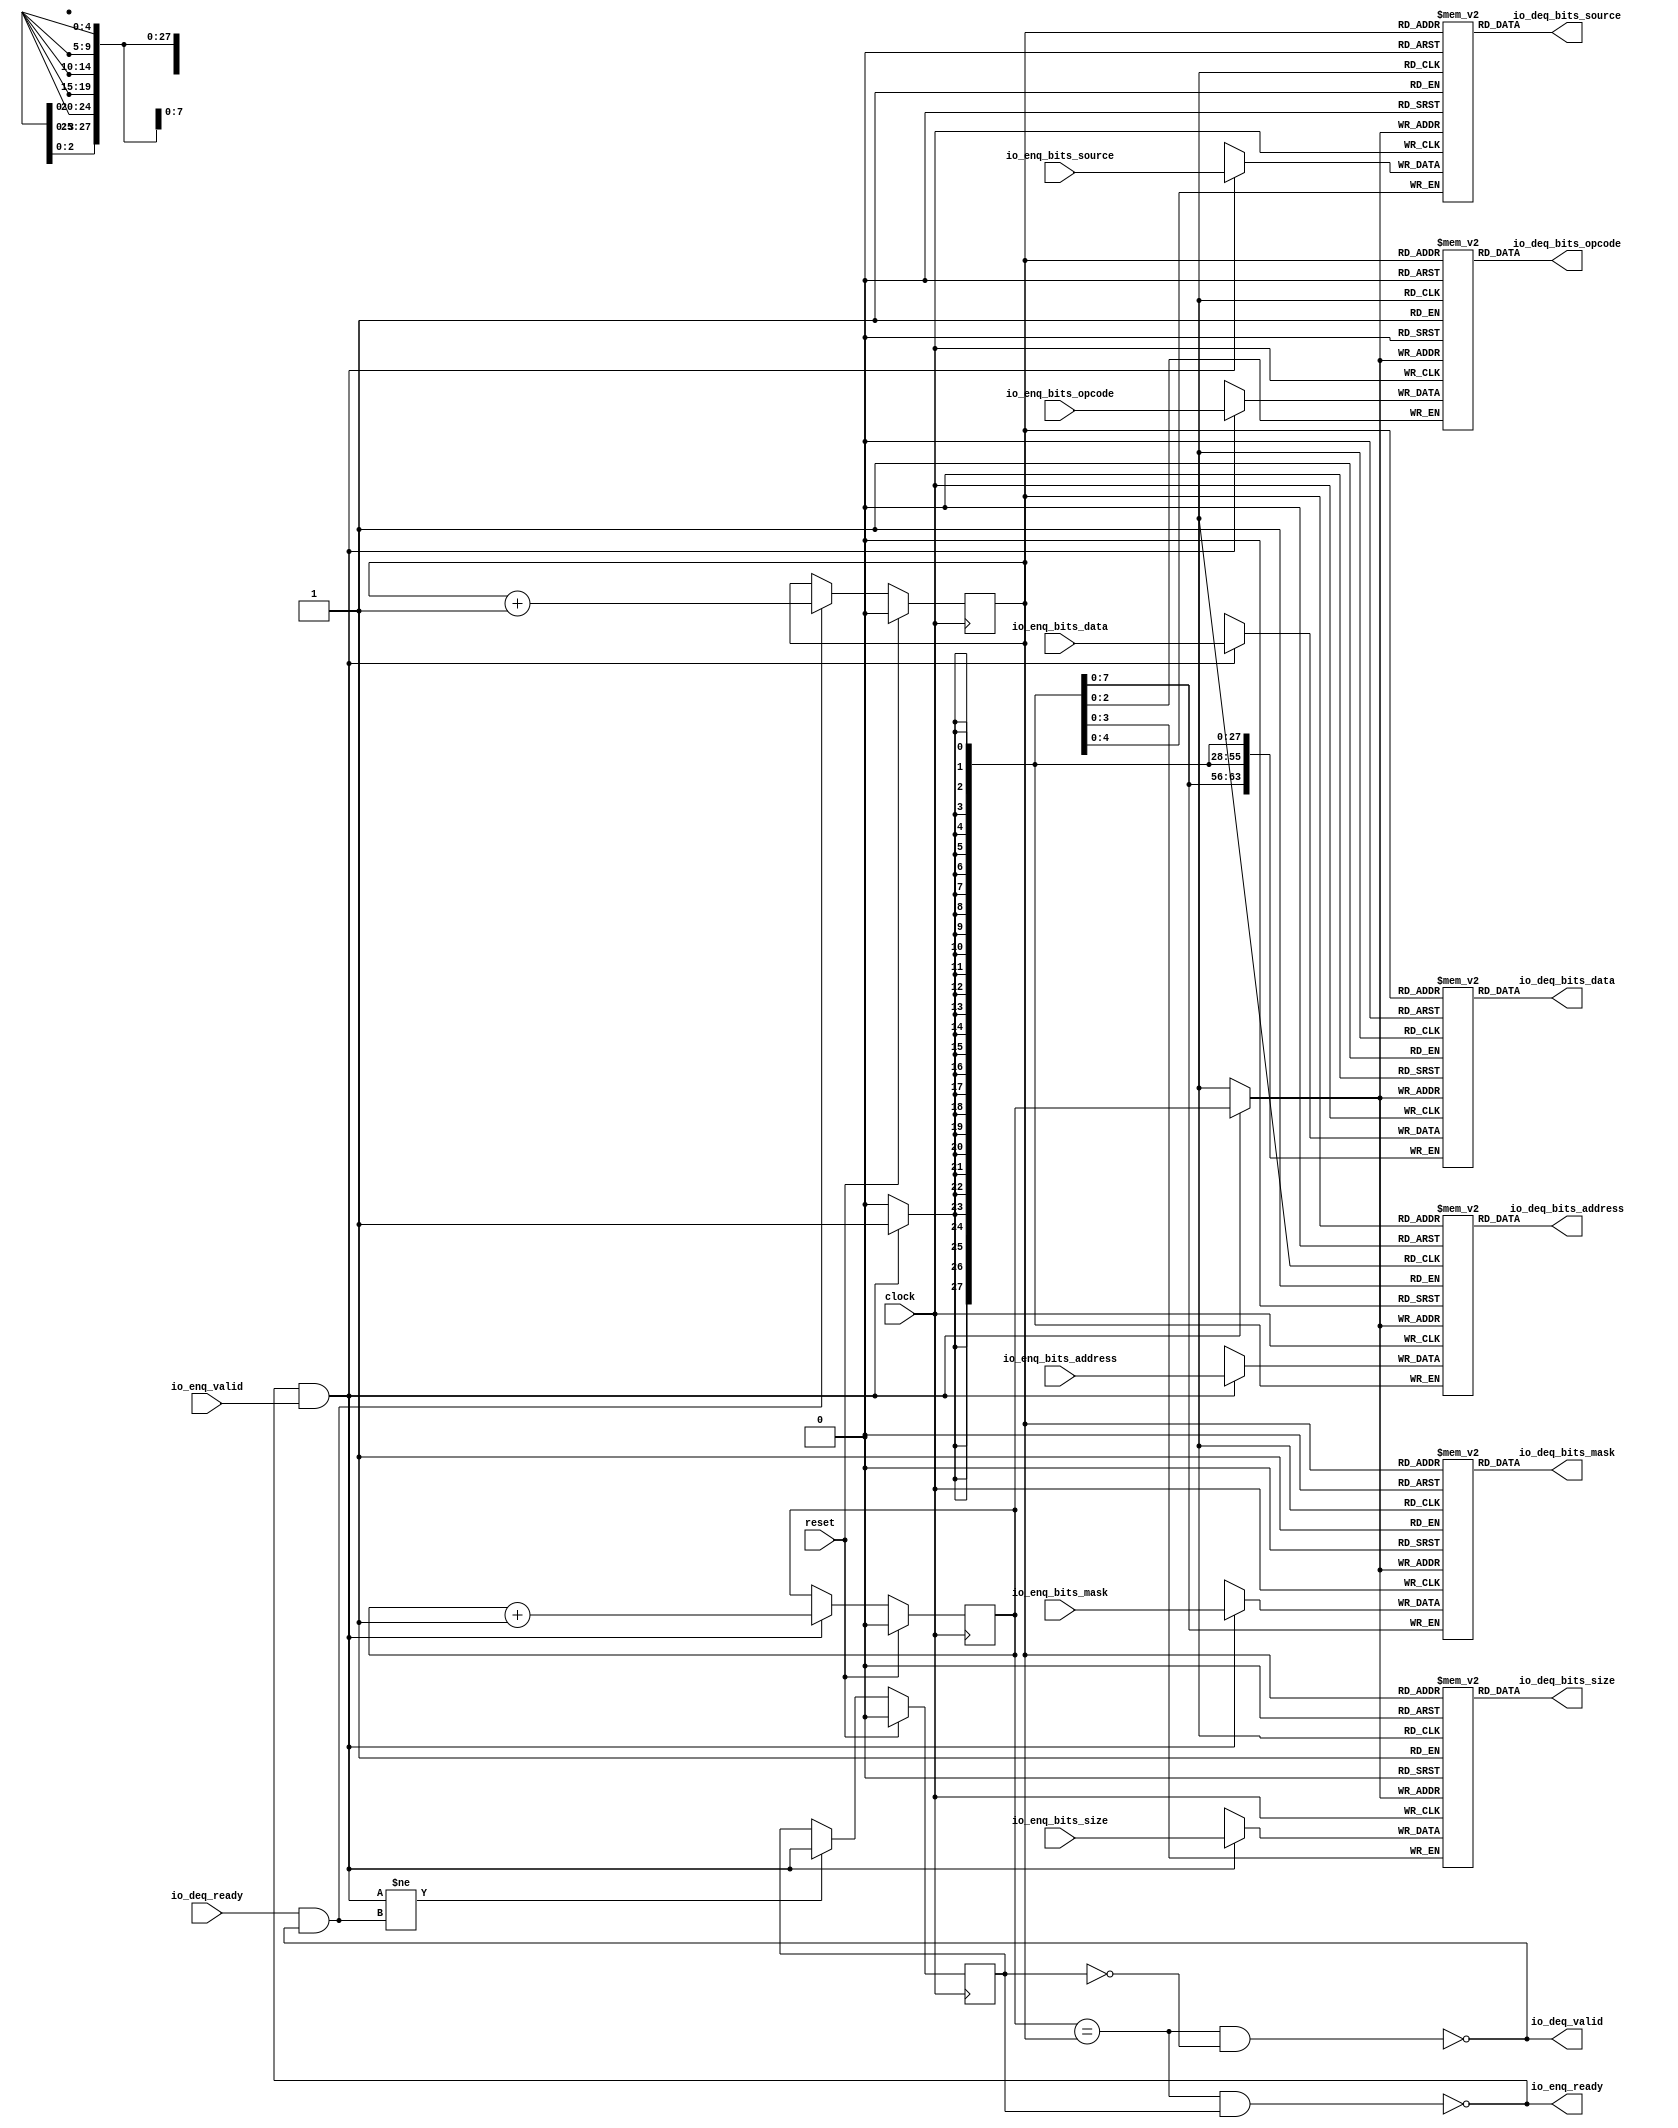
module Queue_21(
  input         clock,
  input         reset,
  output        io_enq_ready,
  input         io_enq_valid,
  input  [2:0]  io_enq_bits_opcode,
  input  [3:0]  io_enq_bits_size,
  input  [4:0]  io_enq_bits_source,
  input  [27:0] io_enq_bits_address,
  input  [7:0]  io_enq_bits_mask,
  input  [63:0] io_enq_bits_data,
  input         io_deq_ready,
  output        io_deq_valid,
  output [2:0]  io_deq_bits_opcode,
  output [3:0]  io_deq_bits_size,
  output [4:0]  io_deq_bits_source,
  output [27:0] io_deq_bits_address,
  output [7:0]  io_deq_bits_mask,
  output [63:0] io_deq_bits_data
);
`ifdef RANDOMIZE_MEM_INIT
  reg [31:0] _RAND_0;
  reg [31:0] _RAND_1;
  reg [31:0] _RAND_2;
  reg [31:0] _RAND_3;
  reg [31:0] _RAND_4;
  reg [63:0] _RAND_5;
`endif // RANDOMIZE_MEM_INIT
`ifdef RANDOMIZE_REG_INIT
  reg [31:0] _RAND_6;
  reg [31:0] _RAND_7;
  reg [31:0] _RAND_8;
`endif // RANDOMIZE_REG_INIT
  reg [2:0] ram_opcode [0:1]; // @[Decoupled.scala 218:16]
  wire [2:0] ram_opcode_io_deq_bits_MPORT_data; // @[Decoupled.scala 218:16]
  wire  ram_opcode_io_deq_bits_MPORT_addr; // @[Decoupled.scala 218:16]
  wire [2:0] ram_opcode_MPORT_data; // @[Decoupled.scala 218:16]
  wire  ram_opcode_MPORT_addr; // @[Decoupled.scala 218:16]
  wire  ram_opcode_MPORT_mask; // @[Decoupled.scala 218:16]
  wire  ram_opcode_MPORT_en; // @[Decoupled.scala 218:16]
  reg [3:0] ram_size [0:1]; // @[Decoupled.scala 218:16]
  wire [3:0] ram_size_io_deq_bits_MPORT_data; // @[Decoupled.scala 218:16]
  wire  ram_size_io_deq_bits_MPORT_addr; // @[Decoupled.scala 218:16]
  wire [3:0] ram_size_MPORT_data; // @[Decoupled.scala 218:16]
  wire  ram_size_MPORT_addr; // @[Decoupled.scala 218:16]
  wire  ram_size_MPORT_mask; // @[Decoupled.scala 218:16]
  wire  ram_size_MPORT_en; // @[Decoupled.scala 218:16]
  reg [4:0] ram_source [0:1]; // @[Decoupled.scala 218:16]
  wire [4:0] ram_source_io_deq_bits_MPORT_data; // @[Decoupled.scala 218:16]
  wire  ram_source_io_deq_bits_MPORT_addr; // @[Decoupled.scala 218:16]
  wire [4:0] ram_source_MPORT_data; // @[Decoupled.scala 218:16]
  wire  ram_source_MPORT_addr; // @[Decoupled.scala 218:16]
  wire  ram_source_MPORT_mask; // @[Decoupled.scala 218:16]
  wire  ram_source_MPORT_en; // @[Decoupled.scala 218:16]
  reg [27:0] ram_address [0:1]; // @[Decoupled.scala 218:16]
  wire [27:0] ram_address_io_deq_bits_MPORT_data; // @[Decoupled.scala 218:16]
  wire  ram_address_io_deq_bits_MPORT_addr; // @[Decoupled.scala 218:16]
  wire [27:0] ram_address_MPORT_data; // @[Decoupled.scala 218:16]
  wire  ram_address_MPORT_addr; // @[Decoupled.scala 218:16]
  wire  ram_address_MPORT_mask; // @[Decoupled.scala 218:16]
  wire  ram_address_MPORT_en; // @[Decoupled.scala 218:16]
  reg [7:0] ram_mask [0:1]; // @[Decoupled.scala 218:16]
  wire [7:0] ram_mask_io_deq_bits_MPORT_data; // @[Decoupled.scala 218:16]
  wire  ram_mask_io_deq_bits_MPORT_addr; // @[Decoupled.scala 218:16]
  wire [7:0] ram_mask_MPORT_data; // @[Decoupled.scala 218:16]
  wire  ram_mask_MPORT_addr; // @[Decoupled.scala 218:16]
  wire  ram_mask_MPORT_mask; // @[Decoupled.scala 218:16]
  wire  ram_mask_MPORT_en; // @[Decoupled.scala 218:16]
  reg [63:0] ram_data [0:1]; // @[Decoupled.scala 218:16]
  wire [63:0] ram_data_io_deq_bits_MPORT_data; // @[Decoupled.scala 218:16]
  wire  ram_data_io_deq_bits_MPORT_addr; // @[Decoupled.scala 218:16]
  wire [63:0] ram_data_MPORT_data; // @[Decoupled.scala 218:16]
  wire  ram_data_MPORT_addr; // @[Decoupled.scala 218:16]
  wire  ram_data_MPORT_mask; // @[Decoupled.scala 218:16]
  wire  ram_data_MPORT_en; // @[Decoupled.scala 218:16]
  reg  value; // @[Counter.scala 60:40]
  reg  value_1; // @[Counter.scala 60:40]
  reg  maybe_full; // @[Decoupled.scala 221:27]
  wire  ptr_match = value == value_1; // @[Decoupled.scala 223:33]
  wire  empty = ptr_match & (~maybe_full); // @[Decoupled.scala 224:25]
  wire  full = ptr_match & maybe_full; // @[Decoupled.scala 225:24]
  wire  do_enq = io_enq_ready & io_enq_valid; // @[Decoupled.scala 40:37]
  wire  do_deq = io_deq_ready & io_deq_valid; // @[Decoupled.scala 40:37]
  wire  _value_T_1 = value + 1'h1; // @[Counter.scala 76:24]
  wire  _value_1_T_1 = value_1 + 1'h1; // @[Counter.scala 76:24]
  wire  _T = do_enq != do_deq; // @[Decoupled.scala 236:16]
  assign ram_opcode_io_deq_bits_MPORT_addr = value_1;
  assign ram_opcode_io_deq_bits_MPORT_data = ram_opcode[ram_opcode_io_deq_bits_MPORT_addr]; // @[Decoupled.scala 218:16]
  assign ram_opcode_MPORT_data = io_enq_bits_opcode;
  assign ram_opcode_MPORT_addr = value;
  assign ram_opcode_MPORT_mask = 1'h1;
  assign ram_opcode_MPORT_en = io_enq_ready & io_enq_valid;
  assign ram_size_io_deq_bits_MPORT_addr = value_1;
  assign ram_size_io_deq_bits_MPORT_data = ram_size[ram_size_io_deq_bits_MPORT_addr]; // @[Decoupled.scala 218:16]
  assign ram_size_MPORT_data = io_enq_bits_size;
  assign ram_size_MPORT_addr = value;
  assign ram_size_MPORT_mask = 1'h1;
  assign ram_size_MPORT_en = io_enq_ready & io_enq_valid;
  assign ram_source_io_deq_bits_MPORT_addr = value_1;
  assign ram_source_io_deq_bits_MPORT_data = ram_source[ram_source_io_deq_bits_MPORT_addr]; // @[Decoupled.scala 218:16]
  assign ram_source_MPORT_data = io_enq_bits_source;
  assign ram_source_MPORT_addr = value;
  assign ram_source_MPORT_mask = 1'h1;
  assign ram_source_MPORT_en = io_enq_ready & io_enq_valid;
  assign ram_address_io_deq_bits_MPORT_addr = value_1;
  assign ram_address_io_deq_bits_MPORT_data = ram_address[ram_address_io_deq_bits_MPORT_addr]; // @[Decoupled.scala 218:16]
  assign ram_address_MPORT_data = io_enq_bits_address;
  assign ram_address_MPORT_addr = value;
  assign ram_address_MPORT_mask = 1'h1;
  assign ram_address_MPORT_en = io_enq_ready & io_enq_valid;
  assign ram_mask_io_deq_bits_MPORT_addr = value_1;
  assign ram_mask_io_deq_bits_MPORT_data = ram_mask[ram_mask_io_deq_bits_MPORT_addr]; // @[Decoupled.scala 218:16]
  assign ram_mask_MPORT_data = io_enq_bits_mask;
  assign ram_mask_MPORT_addr = value;
  assign ram_mask_MPORT_mask = 1'h1;
  assign ram_mask_MPORT_en = io_enq_ready & io_enq_valid;
  assign ram_data_io_deq_bits_MPORT_addr = value_1;
  assign ram_data_io_deq_bits_MPORT_data = ram_data[ram_data_io_deq_bits_MPORT_addr]; // @[Decoupled.scala 218:16]
  assign ram_data_MPORT_data = io_enq_bits_data;
  assign ram_data_MPORT_addr = value;
  assign ram_data_MPORT_mask = 1'h1;
  assign ram_data_MPORT_en = io_enq_ready & io_enq_valid;
  assign io_enq_ready = ~full; // @[Decoupled.scala 241:19]
  assign io_deq_valid = ~empty; // @[Decoupled.scala 240:19]
  assign io_deq_bits_opcode = ram_opcode_io_deq_bits_MPORT_data; // @[Decoupled.scala 242:15]
  assign io_deq_bits_size = ram_size_io_deq_bits_MPORT_data; // @[Decoupled.scala 242:15]
  assign io_deq_bits_source = ram_source_io_deq_bits_MPORT_data; // @[Decoupled.scala 242:15]
  assign io_deq_bits_address = ram_address_io_deq_bits_MPORT_data; // @[Decoupled.scala 242:15]
  assign io_deq_bits_mask = ram_mask_io_deq_bits_MPORT_data; // @[Decoupled.scala 242:15]
  assign io_deq_bits_data = ram_data_io_deq_bits_MPORT_data; // @[Decoupled.scala 242:15]
  always @(posedge clock) begin
    if(ram_opcode_MPORT_en & ram_opcode_MPORT_mask) begin
      ram_opcode[ram_opcode_MPORT_addr] <= ram_opcode_MPORT_data; // @[Decoupled.scala 218:16]
    end
    if(ram_size_MPORT_en & ram_size_MPORT_mask) begin
      ram_size[ram_size_MPORT_addr] <= ram_size_MPORT_data; // @[Decoupled.scala 218:16]
    end
    if(ram_source_MPORT_en & ram_source_MPORT_mask) begin
      ram_source[ram_source_MPORT_addr] <= ram_source_MPORT_data; // @[Decoupled.scala 218:16]
    end
    if(ram_address_MPORT_en & ram_address_MPORT_mask) begin
      ram_address[ram_address_MPORT_addr] <= ram_address_MPORT_data; // @[Decoupled.scala 218:16]
    end
    if(ram_mask_MPORT_en & ram_mask_MPORT_mask) begin
      ram_mask[ram_mask_MPORT_addr] <= ram_mask_MPORT_data; // @[Decoupled.scala 218:16]
    end
    if(ram_data_MPORT_en & ram_data_MPORT_mask) begin
      ram_data[ram_data_MPORT_addr] <= ram_data_MPORT_data; // @[Decoupled.scala 218:16]
    end
    if (reset) begin // @[Counter.scala 60:40]
      value <= 1'h0; // @[Counter.scala 60:40]
    end else if (do_enq) begin // @[Decoupled.scala 229:17]
      value <= _value_T_1; // @[Counter.scala 76:15]
    end
    if (reset) begin // @[Counter.scala 60:40]
      value_1 <= 1'h0; // @[Counter.scala 60:40]
    end else if (do_deq) begin // @[Decoupled.scala 233:17]
      value_1 <= _value_1_T_1; // @[Counter.scala 76:15]
    end
    if (reset) begin // @[Decoupled.scala 221:27]
      maybe_full <= 1'h0; // @[Decoupled.scala 221:27]
    end else if (_T) begin // @[Decoupled.scala 236:28]
      maybe_full <= do_enq; // @[Decoupled.scala 237:16]
    end
  end
// Register and memory initialization
`ifdef RANDOMIZE_GARBAGE_ASSIGN
`define RANDOMIZE
`endif
`ifdef RANDOMIZE_INVALID_ASSIGN
`define RANDOMIZE
`endif
`ifdef RANDOMIZE_REG_INIT
`define RANDOMIZE
`endif
`ifdef RANDOMIZE_MEM_INIT
`define RANDOMIZE
`endif
`ifndef RANDOM
`define RANDOM $random
`endif
`ifdef RANDOMIZE_MEM_INIT
  integer initvar;
`endif
`ifndef SYNTHESIS
`ifdef FIRRTL_BEFORE_INITIAL
`FIRRTL_BEFORE_INITIAL
`endif
initial begin
  `ifdef RANDOMIZE
    `ifdef INIT_RANDOM
      `INIT_RANDOM
    `endif
    `ifndef VERILATOR
      `ifdef RANDOMIZE_DELAY
        #`RANDOMIZE_DELAY begin end
      `else
        #0.002 begin end
      `endif
    `endif
`ifdef RANDOMIZE_MEM_INIT
  _RAND_0 = {1{`RANDOM}};
  for (initvar = 0; initvar < 2; initvar = initvar+1)
    ram_opcode[initvar] = _RAND_0[2:0];
  _RAND_1 = {1{`RANDOM}};
  for (initvar = 0; initvar < 2; initvar = initvar+1)
    ram_size[initvar] = _RAND_1[3:0];
  _RAND_2 = {1{`RANDOM}};
  for (initvar = 0; initvar < 2; initvar = initvar+1)
    ram_source[initvar] = _RAND_2[4:0];
  _RAND_3 = {1{`RANDOM}};
  for (initvar = 0; initvar < 2; initvar = initvar+1)
    ram_address[initvar] = _RAND_3[27:0];
  _RAND_4 = {1{`RANDOM}};
  for (initvar = 0; initvar < 2; initvar = initvar+1)
    ram_mask[initvar] = _RAND_4[7:0];
  _RAND_5 = {2{`RANDOM}};
  for (initvar = 0; initvar < 2; initvar = initvar+1)
    ram_data[initvar] = _RAND_5[63:0];
`endif // RANDOMIZE_MEM_INIT
`ifdef RANDOMIZE_REG_INIT
  _RAND_6 = {1{`RANDOM}};
  value = _RAND_6[0:0];
  _RAND_7 = {1{`RANDOM}};
  value_1 = _RAND_7[0:0];
  _RAND_8 = {1{`RANDOM}};
  maybe_full = _RAND_8[0:0];
`endif // RANDOMIZE_REG_INIT
  `endif // RANDOMIZE
end // initial
`ifdef FIRRTL_AFTER_INITIAL
`FIRRTL_AFTER_INITIAL
`endif
`endif // SYNTHESIS
endmodule